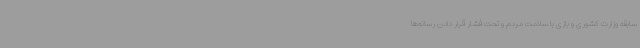
سابقه وزارت کشوری و بازی با سلامت مردم و تحت فشار قرار دادن رسانه‌ها